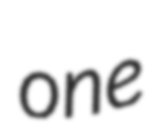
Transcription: one